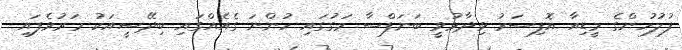
ފުލުހުންގެ މީޑިއާ އޮފިސަރު ވިދާޅުވީ ބަނަފްސާ މަގުގައި ހުންނަ ގެއެއްގައި ބިދޭސީއަކު މަރުވެފައި